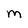
Character: M